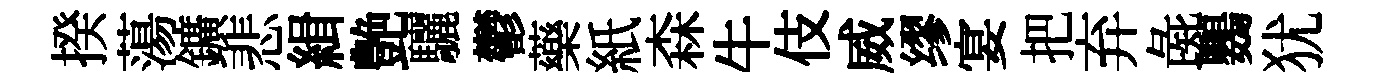
揆蕩鑛悲緝艶驪鬱藥紙森牛伎威缪宴把弃彘鸚犹